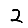
Digit: 2